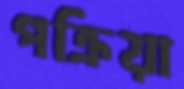
পক্রিয়া